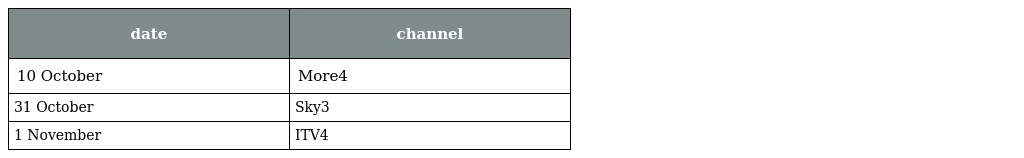
| date | channel |
 | --- | --- |
 | 10 October | More4 |
 | 31 October | Sky3 |
 | 1 November | ITV4 |